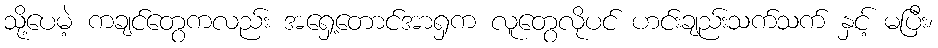
သို့ပေမဲ့ ကချင်တွေကလည်း အရှေ့တောင်အာရှက လူတွေလိုပင် ဟင်းချည်းသက်သက် နှင့် မပြီး၊